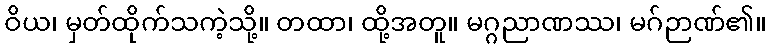
ဝိယ၊ မှတ်ထိုက်သကဲ့သို့။ တထာ၊ ထို့အတူ။ မဂ္ဂညာဏဿ၊ မဂ်ဉာဏ်၏။